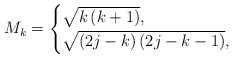
\begin{align*}M_k = \begin{cases} \sqrt {k\left( {k + 1} \right)}, & \\ \sqrt {\left( {2j - k} \right)\left( {2j - k - 1} \right)}, & \end{cases}\end{align*}